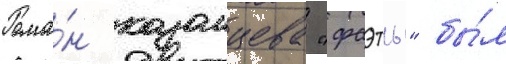
Рома́н казанцева "фаэты" бы́л